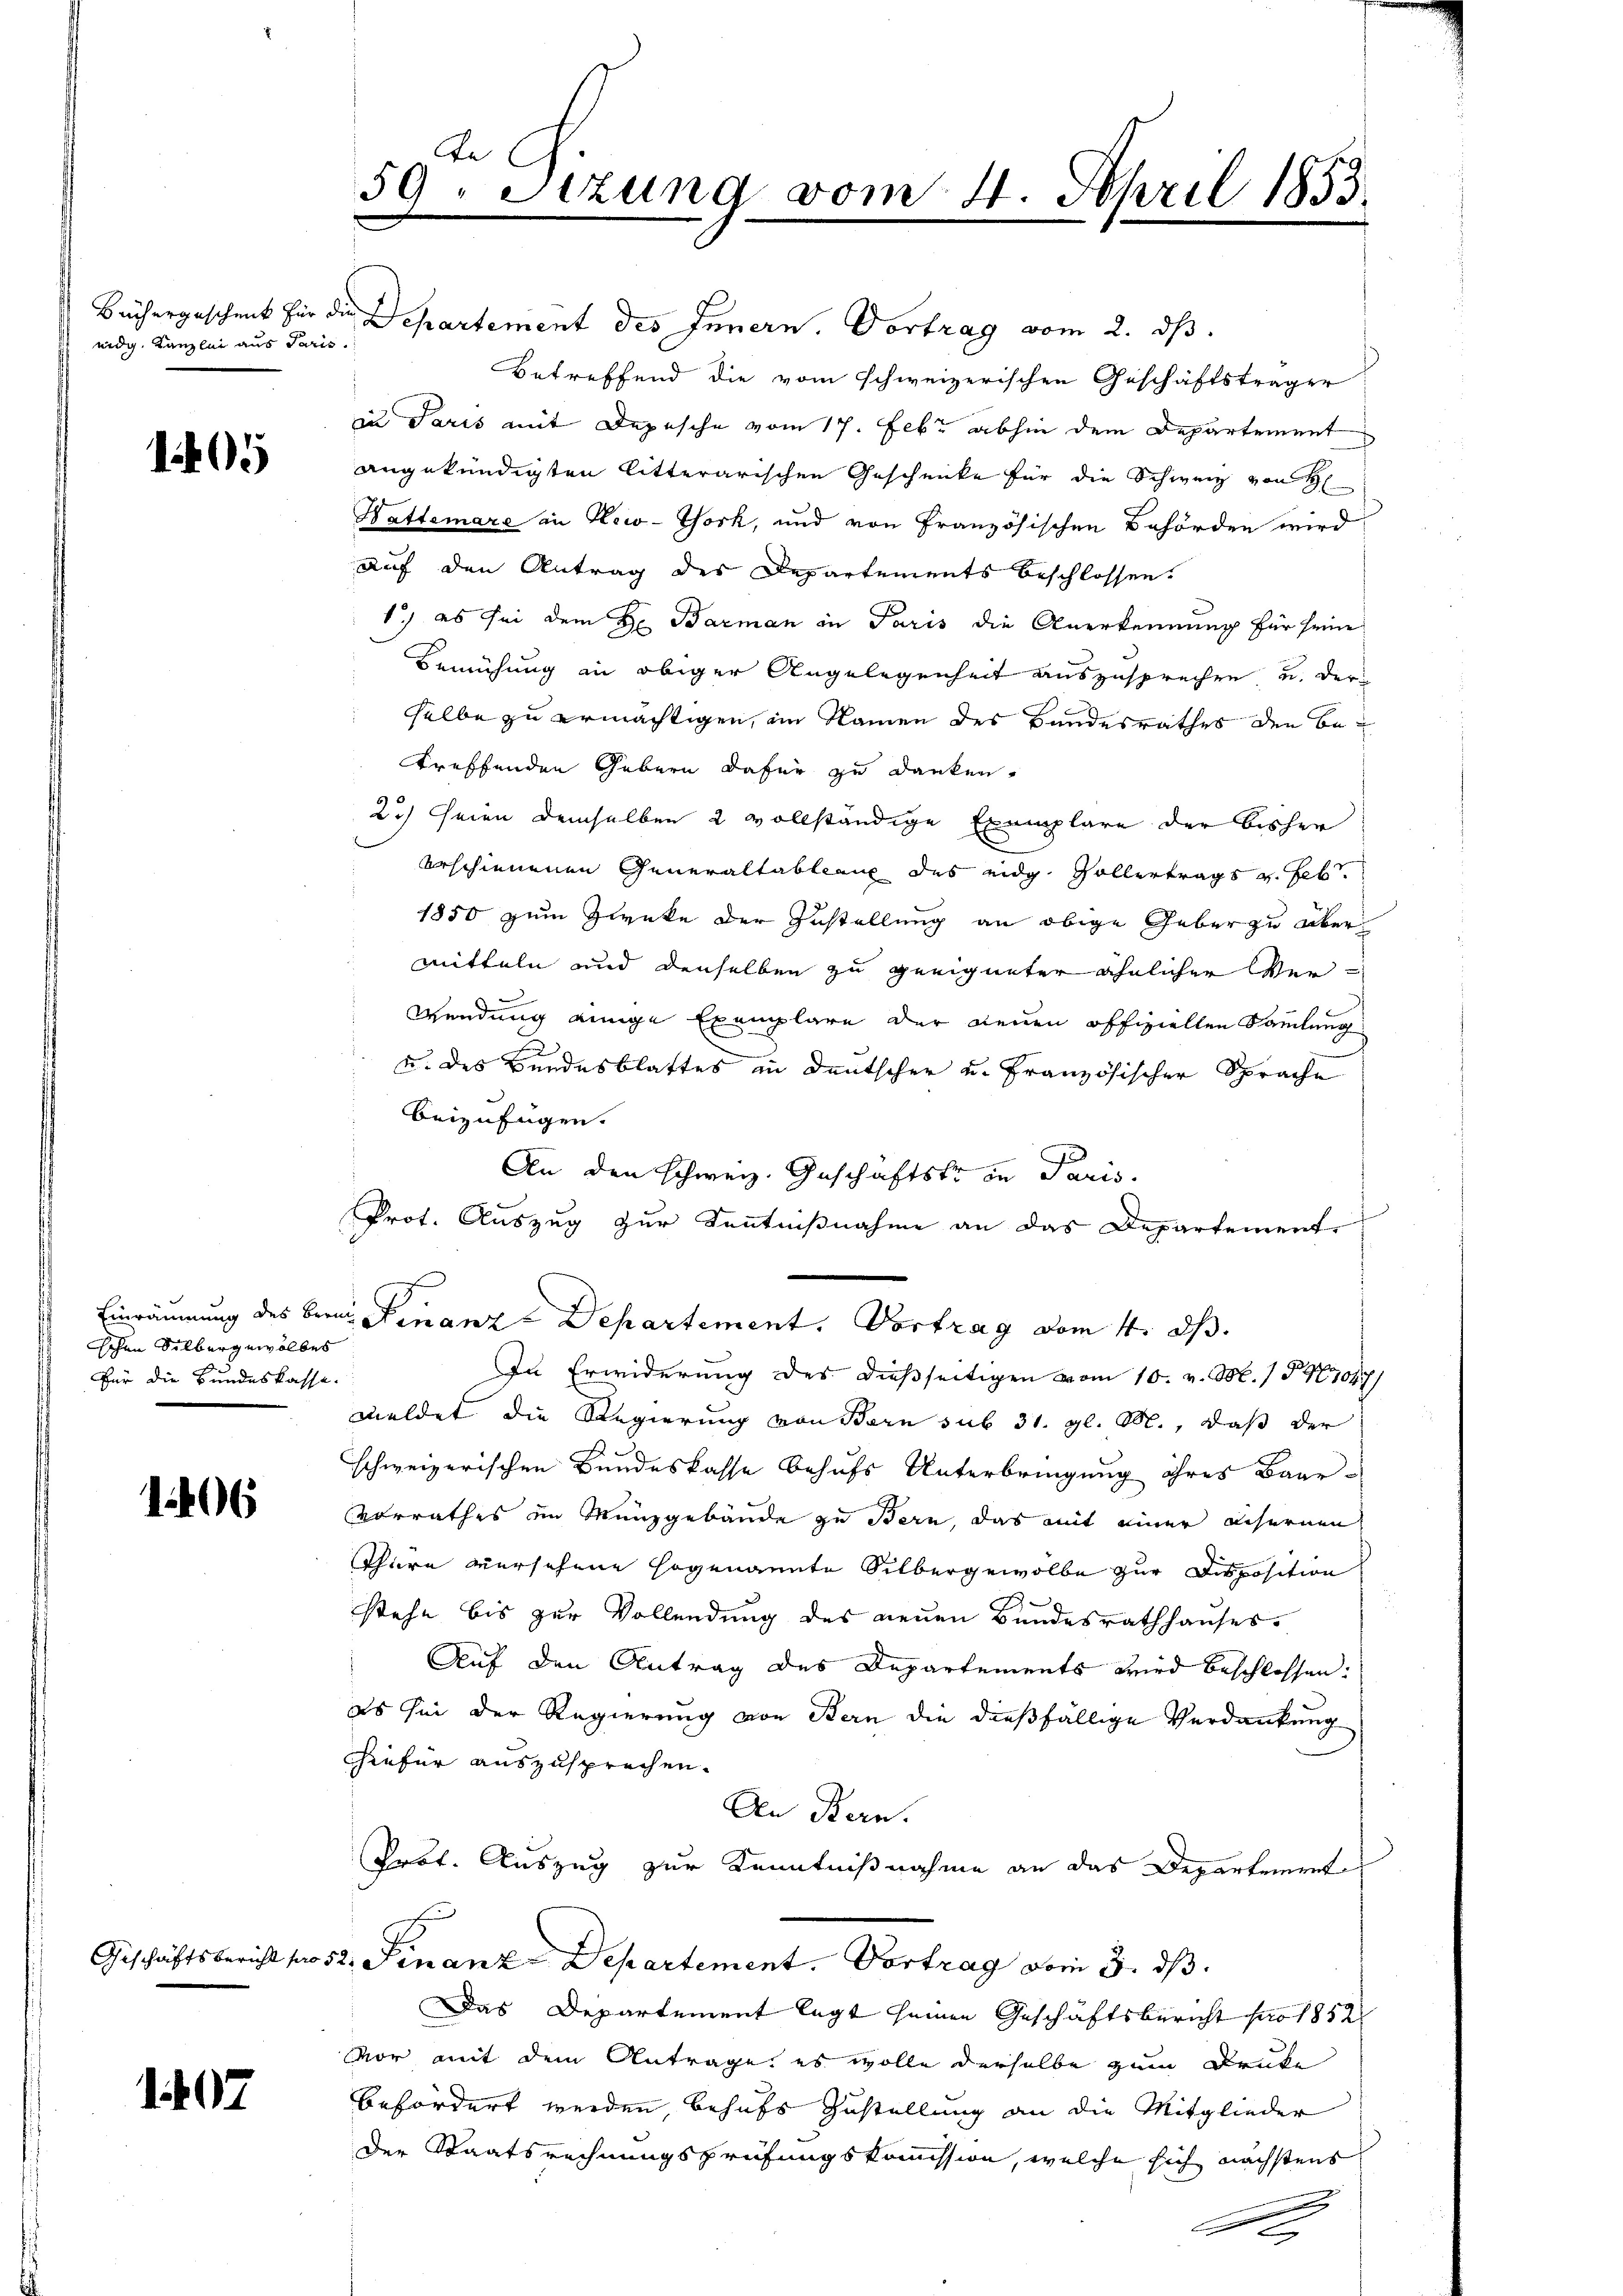
eidg. Kanzlei aus Paris.

1405

schen Silbergewölbes
Für die Bundeskasse.

1406

Geschäftsbericht sie

1407

Ae
59. Sitzung vom 4. April 1853.

Büchergeschenk für die Separtement des Innern, Vortrag vom 2. ds.
Betreffend die vom schweizerischen Geschäftsträger
in Paris mit Depesche vom 17. Febr. abhin dem Departement
angekündigten litterarischen Geschenke für die Schweiz von Bl
Battamare in New-York, und von Französischen Behörden wird
auf den Antrag des Departements beschlossen.
1.) es sei dem Hr. Barman in Paris die Anerkennung für sein
Bemühung in obiger Angelegenheit auszusprechen u. derselbe zu ermächtigen, im Namen des Bundesrathes den betreffenden Gebern dafür zu danken,
2.) Seien demselben 2 vollständige Exemplare der bisher
erschienenen Generaltableaux des eidg sollertrags u. hebt
1850 zum Zwecke der Zustellung an obige Geber zu über¬
Mitteln und denselben zu geeigneter ähnlicher Ver¬
Wendung einige Exemplare der neuen offiziellen Sammlung
h
u. des Bandesblattes in Deutscher u. Französischer Sprache
beizufügen.
An den schweiz. Geschäftstr in Paris.
Prot. Auszug zur Kenntnißnahme an das Departement
Einräumung des Bern Finanze Departement. Vortrag vom 4. ds.
In Erwiderung des dießseitigen vom 10. v. M. 1 S. 477
meldet die Regierung von Bern sub 31. gl. M., daß der
schweizerischen Bundeskasse behufs Unterbringung ihres Baarvorrathes im Münzgebäude zu Bern, das mit einer anfernen
Thüre versehene Hogenannte Silbergewölbe zur Disposition
a
stehe bis zur Vollendung des neuen Bundesrathhauses,
Auf den Antrag des Departements wird beschlossen.
es sei der Regierung von Bern die dießfällige Verdankung
hiefür auszusprechen.
An Bern.
Prof. Auszug zur Kenntnißnahme an das Departement
2. Finanz-Departement. Vortrag vom 3. ds.
Das Departement legt seinen Geschäftsbericht pro 1852
Vor mit dem Antrage, es wolle derselbe zum Druke
befördert werden, behufs Zustellung an die Mitglieder
Der Staatsrechnungsprüfungskommission, welche sich nächstens

.